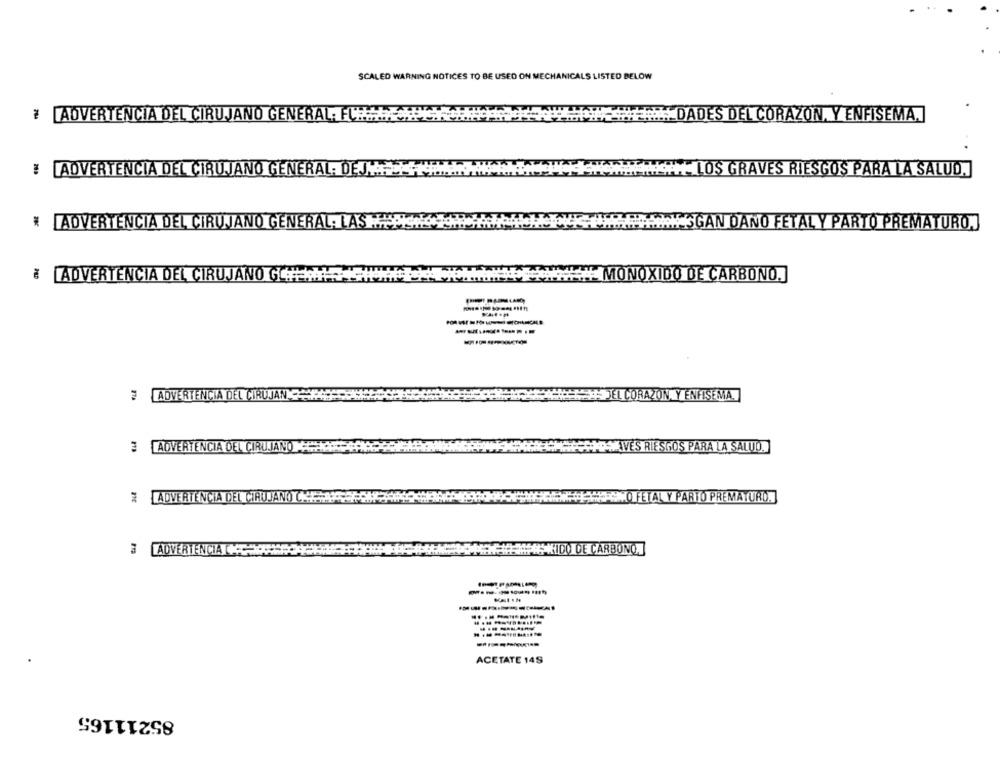
SCALED WARNING NOTICES TO BE USED ON MECHANICALS LISTED BELOW
# ADVERTENCIA DEL CIRUJANO GENERAL: FORA
DADES DEL CORAZON, Y ENFISEMA.
# ADVERTENCIA DEL CIRUJANO GENERAL: DEJA
-LOS GRAVES RIESGOS PARA LA SALUD.]
* ADVERTENCIA DEL CIRUJANO GENERAL: LAS
ESGAN DANO FETAL Y PARTO PREMATURO,
# ADVERTENCIA DEL CIRUJANO GA
- MONOXIDO DE CARBONO.
------
ADVERTENCIA DEL CIRUJANO4444
JEL CORAZON Y ENFISEMA
3 ADVERTENCIA DEL CIRUJANO
AVES RIESGOS PARA LA SALUD.
ADVERTENCIA DEL CIRUJANO C.H.
FETAL Y PARTO PREMATURO.
3 ADVERTENCIA C
#KIDO DE CARBONO,
----------
ACETATE 14S
85211165